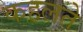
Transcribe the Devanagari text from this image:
कहलते